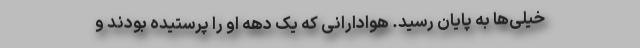
خیلی‌ها به پایان رسید. هوادارانی که یک دهه او را پرستیده بودند و